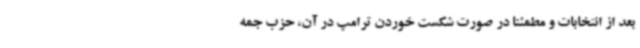
بعد از انتخابات و مطمئناً در صورت شکست خوردن ترامپ در آن، حزب جمه